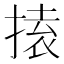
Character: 𭡟